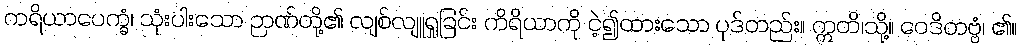
ကရိယာပေက္ခံ၊ သုံးပါးသော ဉာဏ်တို့၏ လျစ်လျူရှုခြင်း ကိရိယာကို ငဲ့၍ထားသော ပုဒ်တည်း။ ဣတိ၊သို့။ ဝေဒိတဗ္ဗံ၊ ၏။